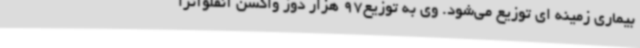
بیماری زمینه‌ ای توزیع می‌شود. وی به توزیع97 هزار دوز واکسن آنفلوآنزا